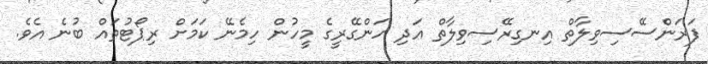
ފަރަންސޭސިވިލާތް އިނގިރޭސިވިލާތް އަދި ހަންގޭރީގެ މީހުން ހިމެނޭ ކަމަށް ރިޕޯޓުތައް ބުނެ އެވެ.